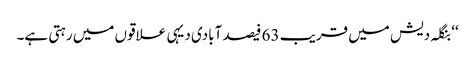
‘‘ بنگلہ دیش میں قریب 63 فیصد آبادی دیہی علاقوں میں رہتی ہے۔